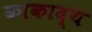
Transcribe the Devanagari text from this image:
काकाद्य